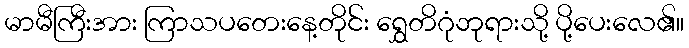
မာမီကြီးအား ကြာသပတေးနေ့တိုင်း ရွှေတိဂုံဘုရားသို့ ပို့ပေးလေ၏။